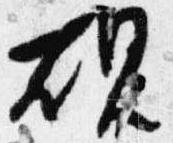
硯